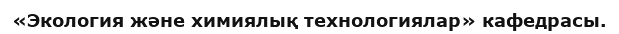
«Экология және химиялық технологиялар» кафедрасы.